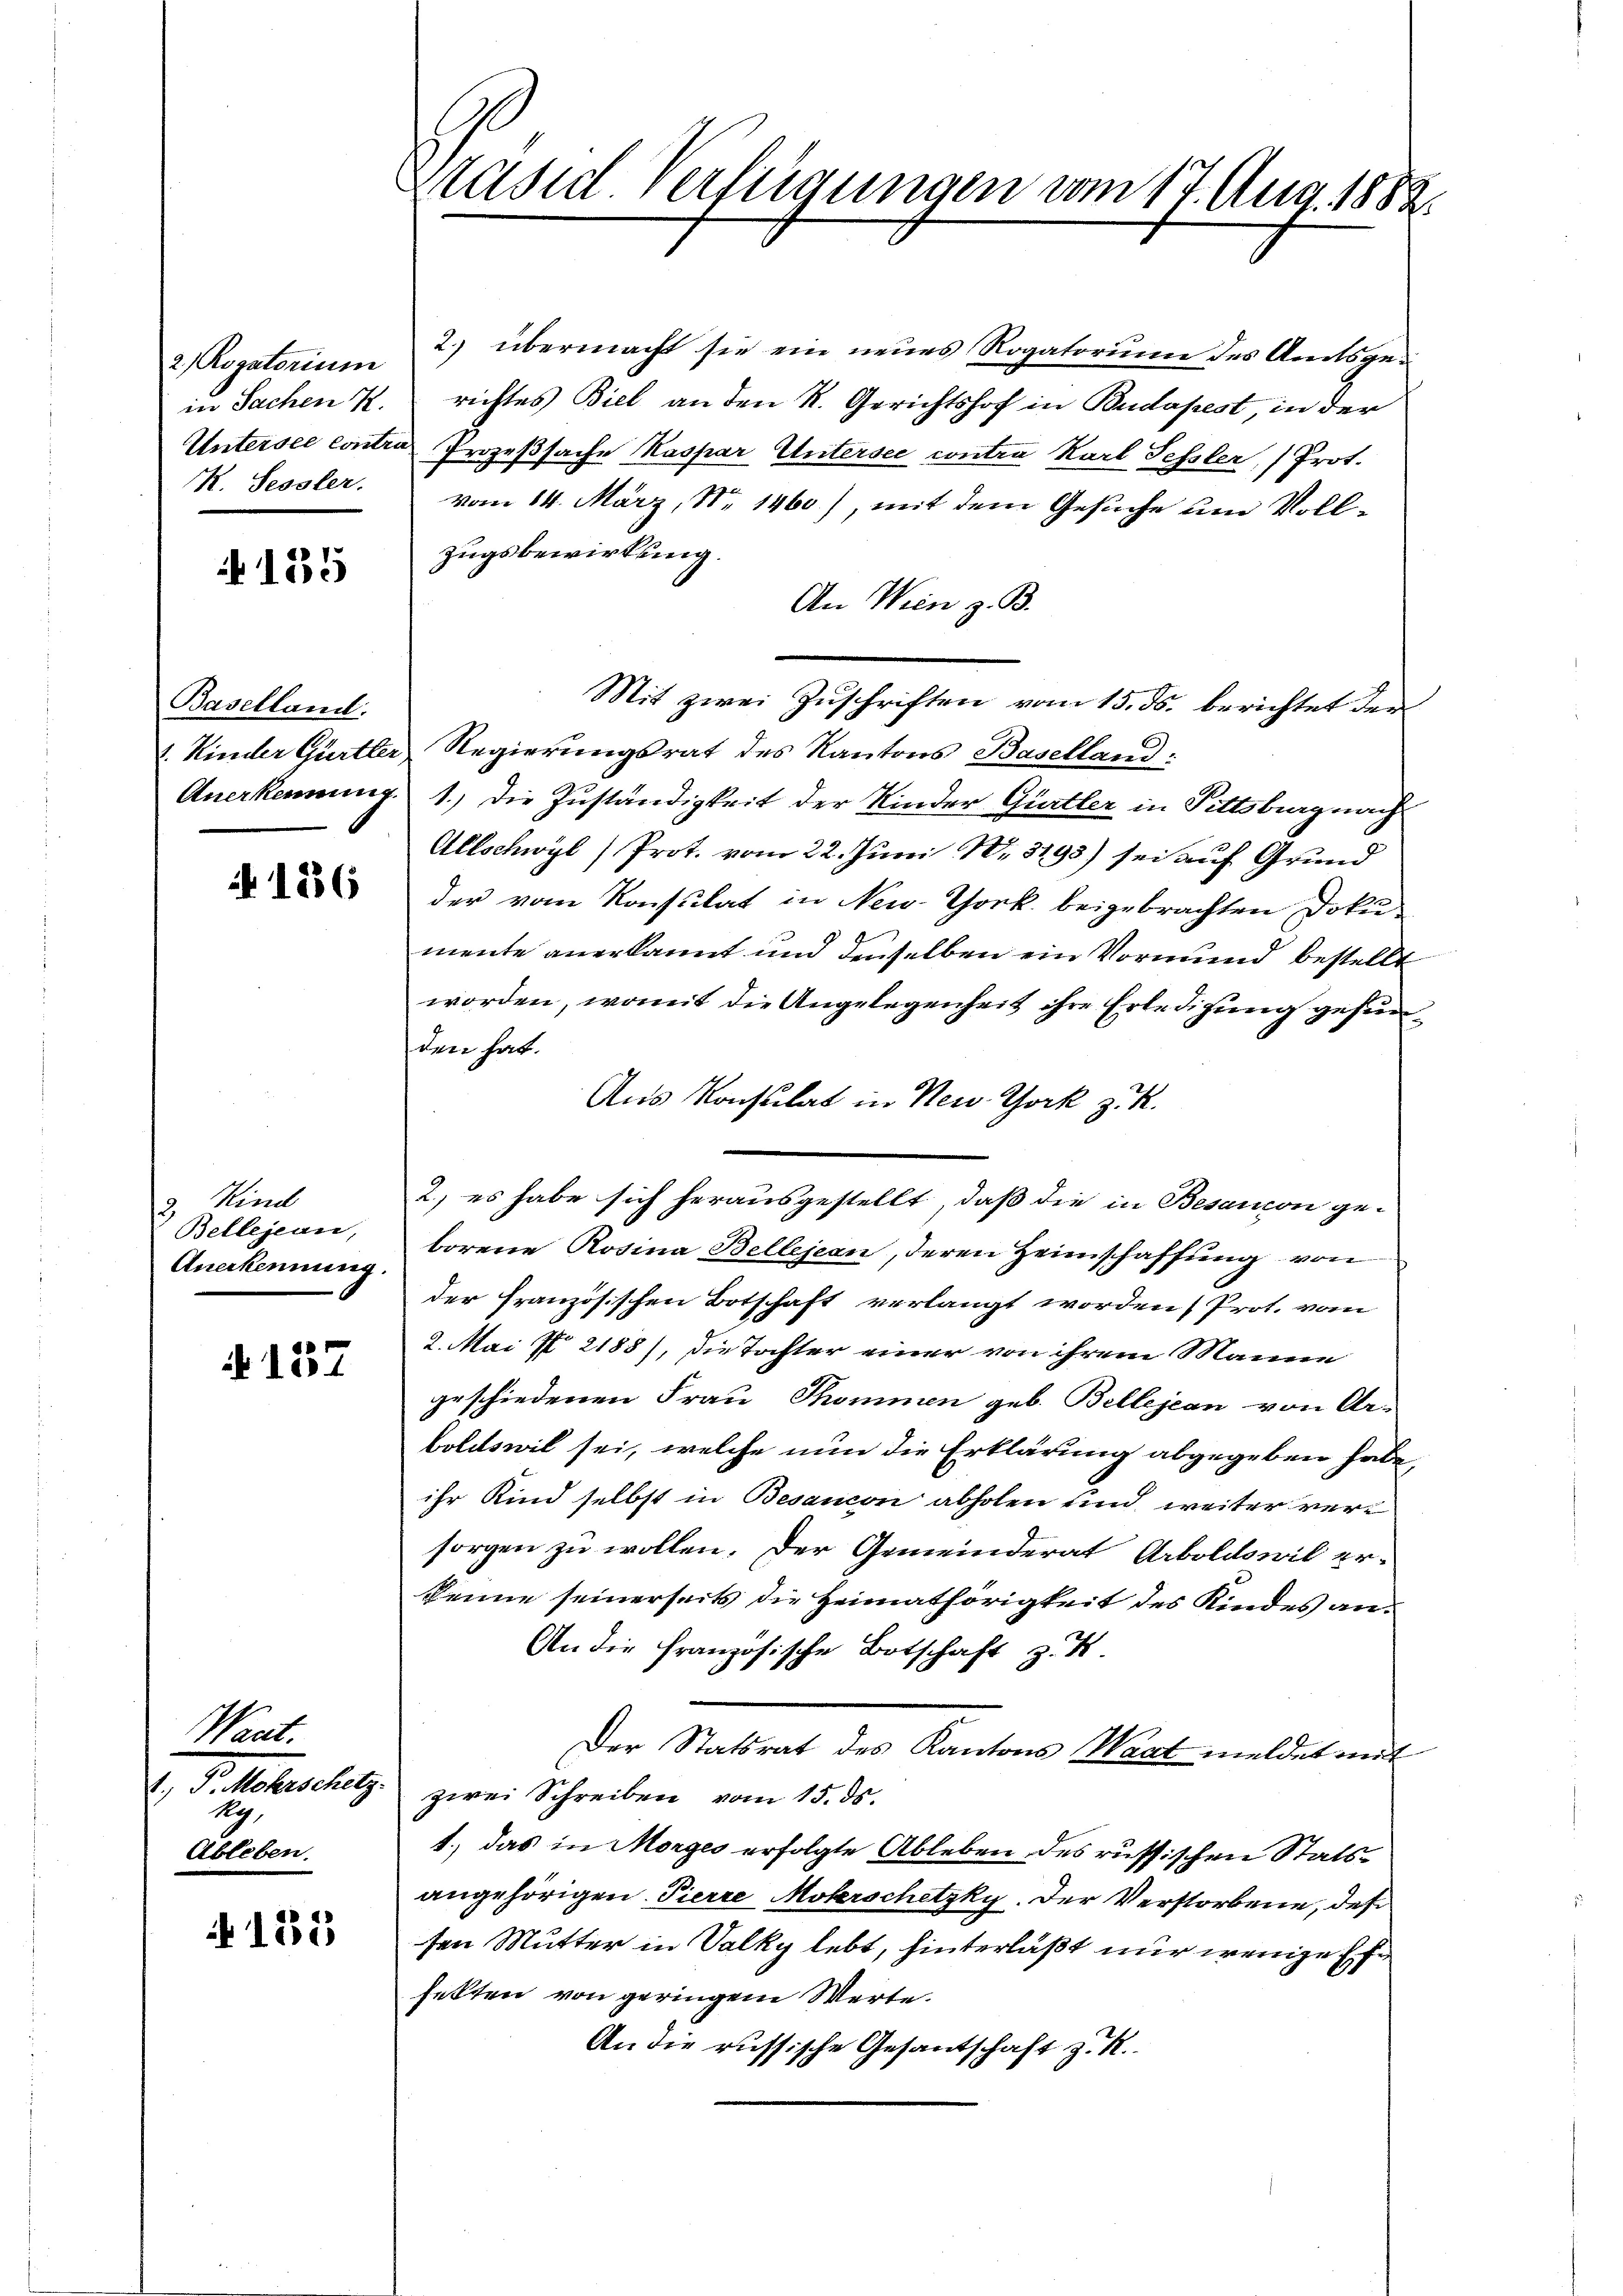
2 Rogatorium
K. Sessler.

135

Baselland.

No 1236

Kind
s
Bellejean,
Anerkennung.

4157

Want.
I. Sellerleg
kg.
Ableben.

N 135

Brasie Verfügungen vom 17. Aug. 1888.

2. übermacht sie ein neues Rogatorum des Amtsgein Sachen K. richtes Biel an den R. Gerichtshof in Budapest, in der
Untersee contra Prozeßsache Kaspar Untersee contra Karl Sehsler, Prot.
vom 14. März, Nr. 1460), mit dem Gesuche um Vollzugsbewirkung.
An Wien z. B.
Mit zwei Zuschriften vom 15. ds. berichtet der
1. Kinder Gürtler Regierungsrat des Kantons Baselland:
Anerkennung 1.) Die Zuständigkeit der Kinder Gürtler in Fittsburg nach
Allschwyl) Prot. vom 22. Juni 18. 3793) sei auf Grund
der vom Konsulat in New. Thork. beigebrachten Dokumente anerkannt und denselben ein Vormund bestellt
worden, womit die Angelegenheit ihre Erledigung gefunden hat.
Aus Konsulat in New York z. K.
2.) es habe sich herausgestellt, daß die in Besancon ge-
borene Rosina Bellejean, deren Heimschaffung von
der französischen Botschaft verlangt worden, Prot. vom
2. Mai N 2188), die Tochter einer von ihrem Manne
geschiedenen Frau Thommen geb. Bellejean von Ar-
boldswil sei, welche nun die Erklärung abgegeben habe,
ihr Kind selbst in Besancon abholen und weiter versorgen zu wollen. Der Gemeinderat Arboldswil erkenne seinerseits die Heimathörigkeit des Kindes an¬
An die Französische Botschaft z. B.
Der Statsrat des Kantons Waat meldet mit
zwei Schreiben vom 15. ds.
1.) das in Morges erfolgte Ableben des russischen Statsangehörigen Pierre Moberschetzky. Der Verstorbene, des
sen Mutter in Valky lebt, hinterläßt nur wenige Ehe
fekten von geringem Werte.
An die russische Gesantschaft z. K.